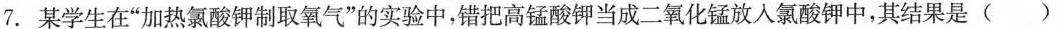
7.某学生在”加热氯酸钾制取氧气”的实验中，错把高锰酸钾当成二氧化锰放入氯酸钾中，其结果是()